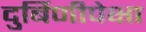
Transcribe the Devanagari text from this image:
दुर्बिणीपेक्षा